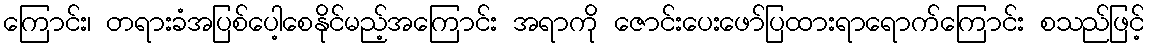
ကြောင်း၊ တရားခံအပြစ်ပေါ့စေနိုင်မည့်အကြောင်း အရာကို ဇောင်းပေးဖော်ပြထားရာရောက်ကြောင်း စသည်ဖြင့်